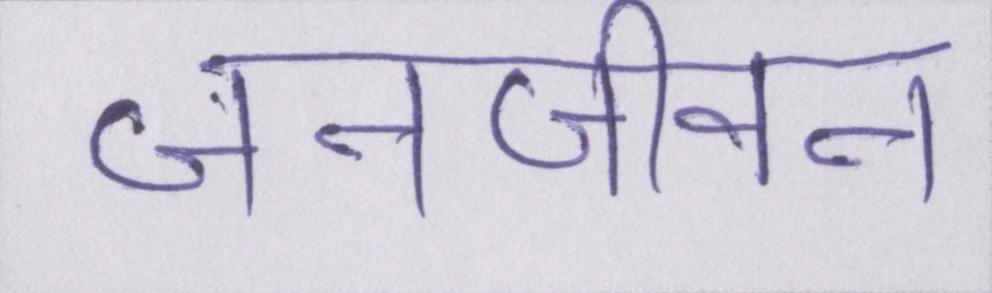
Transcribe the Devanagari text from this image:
जनजीवन